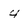
Character: 4